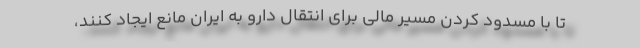
تا با مسدود کردن مسیر مالی برای انتقال دارو به ایران مانع ایجاد کنند،